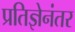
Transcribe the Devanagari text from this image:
प्रतिज्ञेनंतर